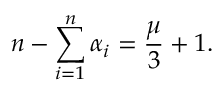
n - \sum _ { i = 1 } ^ { n } \alpha _ { i } = \frac { \mu } { 3 } + 1 .